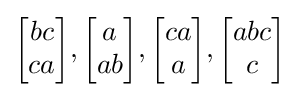
{{\begin{bmatrix}bc\\ca\end{bmatrix}},{\begin{bmatrix}a\\ab\end{bmatrix}},{\begin{bmatrix}ca\\a\end{bmatrix}},{\begin{bmatrix}abc\\c\end{bmatrix}}}